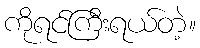
ကိုရင်ကြီးရယ်တဲ့။